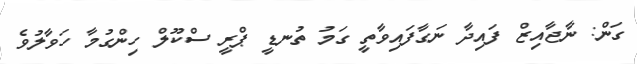
ގަން: ނާޖާއިޒް ފައިދާ ނަގާފައިވާތީ ގަމު ތުނޑީ ޕްރީ ސްކޫލް ހިންގުމާ ހަވާލުވެ